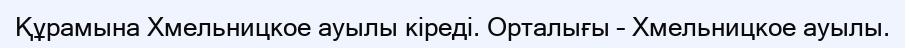
Құрамына Хмельницкое ауылы кіреді. Орталығы – Хмельницкое ауылы.